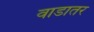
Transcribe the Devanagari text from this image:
वाडातर